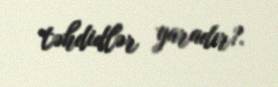
təhdidlər yaradır?.